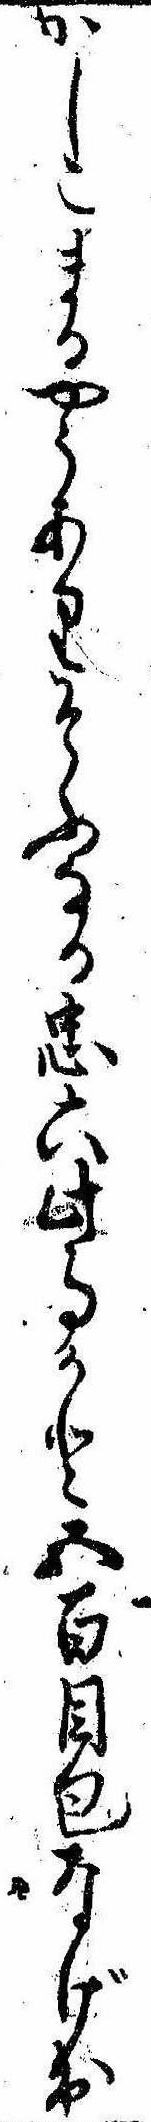
かしこまるやうありそふなる忠六此事かと五百目包なげ出